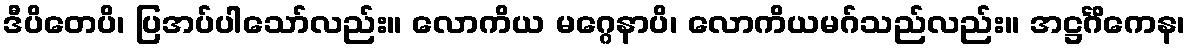
ဒီပိတေပိ၊ ပြအပ်ပါသော်လည်း။ လောကိယ မဂ္ဂေနာပိ၊ လောကိယမဂ်သည်လည်း။ အဋ္ဌင်္ဂိကေန၊